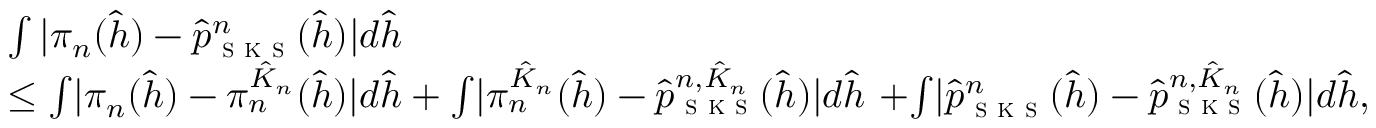
\begin{array} { r l } & { \int | \pi _ { n } ( \hat { h } ) - \hat { p } _ { \textsc { s k s } } ^ { n } ( \hat { h } ) | d \hat { h } } \\ & { \leq { \int } | \pi _ { n } ( \hat { h } ) - \pi _ { n } ^ { \hat { K } _ { n } } ( \hat { h } ) | d \hat { h } + { \int } | \pi _ { n } ^ { \hat { K } _ { n } } ( \hat { h } ) - \hat { p } _ { \textsc { s k s } } ^ { n , \hat { K } _ { n } } ( \hat { h } ) | d \hat { h } \ { + } { \int } | \hat { p } _ { \textsc { s k s } } ^ { n } ( \hat { h } ) - \hat { p } _ { \textsc { s k s } } ^ { n , \hat { K } _ { n } } ( \hat { h } ) | d \hat { h } , } \end{array}